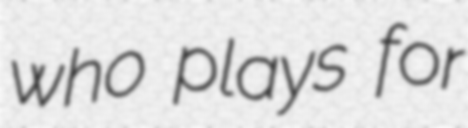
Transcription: who plays for